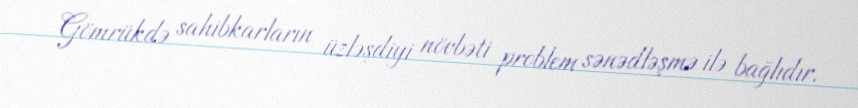
Gömrükdə sahibkarların üzləşdiyi növbəti problem sənədləşmə ilə bağlıdır.